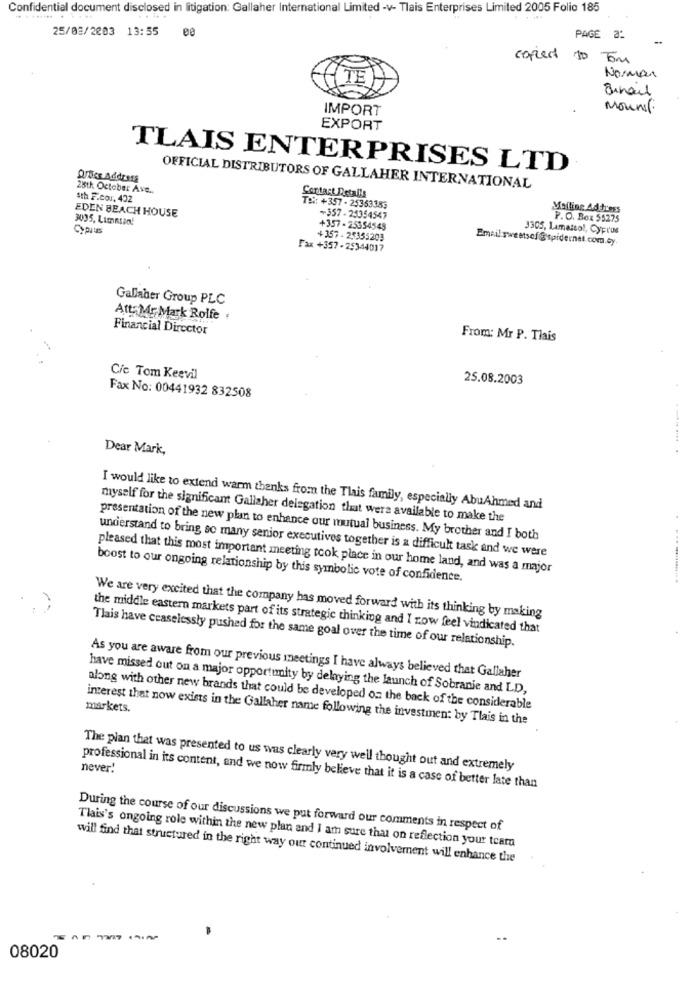
Confidential document disclosed in litigation: Gallaher International Limited -v- Tlais Enterprises Limited 2005 Folio 185
. .. .
25/08/2003 13:55
ee
PAGE 2:
-
correct to Tom
TE
Norman
IMPORT
Mount.
EXPORT
TLAIS ENTERPRISES LTD
Qroce Address
28th October Ave.
OFFICIAL DISTRIBUTORS OF GALLAHER INTERNATIONAL
4th F.cor, 402
Contact Details
EDEN BEACH HOUSE
Tel: +357 - 25363383
Mailing Address
3035, Limasso!
+357-25354547
P. O. Box 55275
+357 - 25354548
3305, Lamassol, Cyprus
+357 - 25355203
Email sweetsof@spidernet.com.cy.
Fax +357 - 253-44017
Gallaher Group PLC
Att: Mr. Mark Rolfe .
Financial Director
From: Mr P. Tlais
Cie Tom Keevil
25.08.2003
Fax No: 00441932 832508
Dear Mark,
I would like to extend warm thanks from the Tlais family, especially AbuAhmed and
myself for the significant Gallaher delegation that were available to make the
presentation of the new plan to enhance our mutual business. My brother and I both
understand to bring so many senior executives together is a difficult task and we were
pleased that this most important meeting took place in our home land, and was a major
boost to our ongoing relationship by this symbolic vote of confidence.
We are very excited that the company has moved forward with its thinking by making
the middle eastern markets part of its strategic thinking and I row feel vindicated that
Tlais have ceaselessly pushed for the same goal over the time of our relationship.
As you are aware from our previous meetings I have always believed that Gallaher
have missed out on a major opportunity by delaying the launch of Sobranie and LD,
markets.
along with other new brands that could be developed on the back of the considerable
interest that now exists in the Gallaher name following the investinen: by Tlais in the
never!
The plan that was presented to us was clearly very well thought out and extremely
professional in its content, and we now firmly believe that it is a case of better late than
During the course of our discussions we put forward our comments in respect of
Tlais's ongoing role within the new plan and I am sure that on reflection your teara
will find that structured in the right way our continued involvement will enhance the
08020